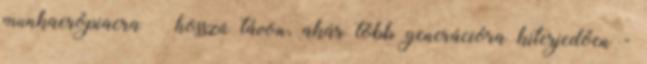
munkaerőpiacra – hosszú távon, akár több generációra kiterjedően -